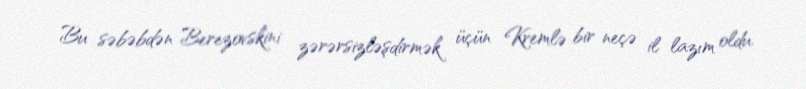
Bu səbəbdən Berezovskini zərərsizləşdirmək üçün Kremlə bir neçə il lazım oldu.